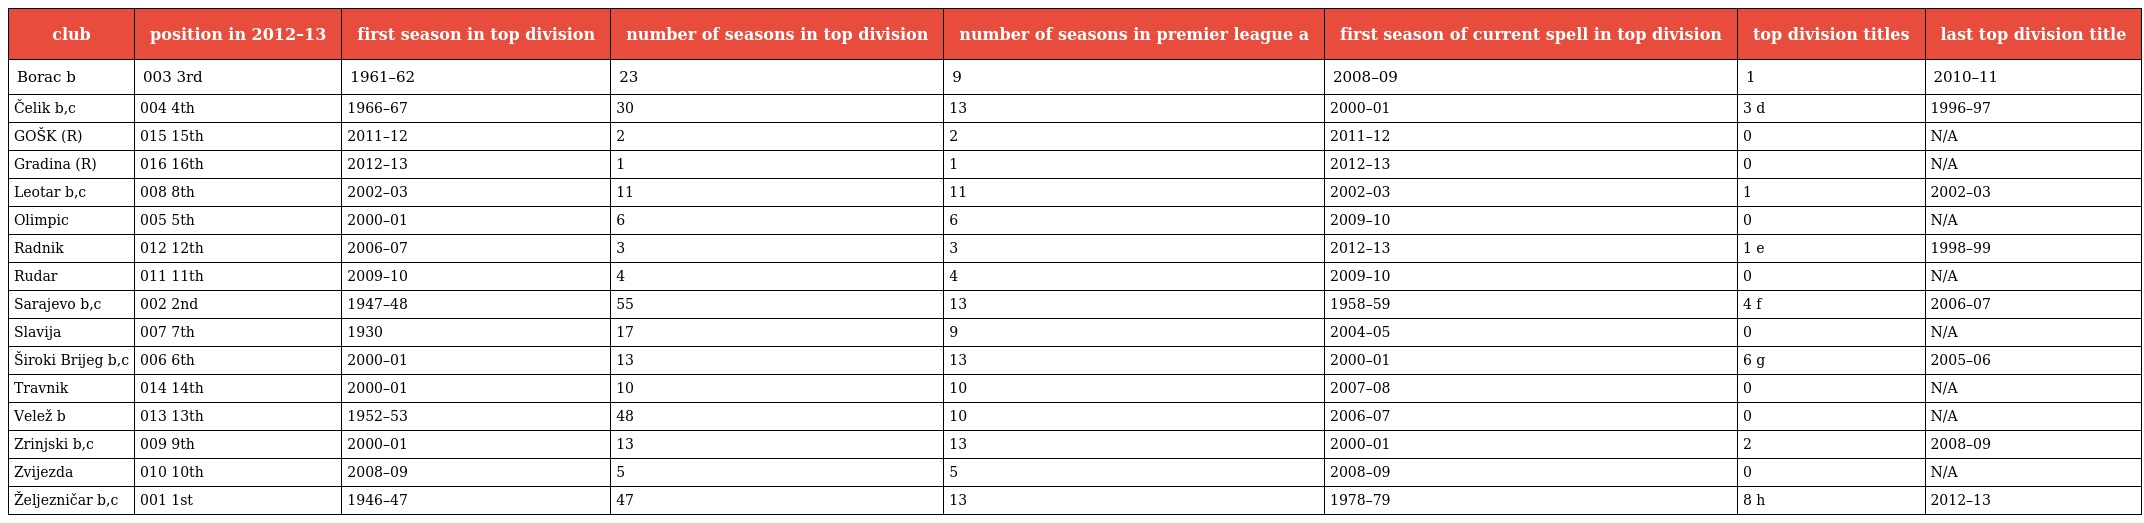
| club | position in 2012–13 | first season in top division | number of seasons in top division | number of seasons in premier league a | first season of current spell in top division | top division titles | last top division title |
 | --- | --- | --- | --- | --- | --- | --- | --- |
 | Borac b | 003 3rd | 1961–62 | 23 | 9 | 2008–09 | 1 | 2010–11 |
 | Čelik b,c | 004 4th | 1966–67 | 30 | 13 | 2000–01 | 3 d | 1996–97 |
 | GOŠK (R) | 015 15th | 2011–12 | 2 | 2 | 2011–12 | 0 | N/A |
 | Gradina (R) | 016 16th | 2012–13 | 1 | 1 | 2012–13 | 0 | N/A |
 | Leotar b,c | 008 8th | 2002–03 | 11 | 11 | 2002–03 | 1 | 2002–03 |
 | Olimpic | 005 5th | 2000–01 | 6 | 6 | 2009–10 | 0 | N/A |
 | Radnik | 012 12th | 2006–07 | 3 | 3 | 2012–13 | 1 e | 1998–99 |
 | Rudar | 011 11th | 2009–10 | 4 | 4 | 2009–10 | 0 | N/A |
 | Sarajevo b,c | 002 2nd | 1947–48 | 55 | 13 | 1958–59 | 4 f | 2006–07 |
 | Slavija | 007 7th | 1930 | 17 | 9 | 2004–05 | 0 | N/A |
 | Široki Brijeg b,c | 006 6th | 2000–01 | 13 | 13 | 2000–01 | 6 g | 2005–06 |
 | Travnik | 014 14th | 2000–01 | 10 | 10 | 2007–08 | 0 | N/A |
 | Velež b | 013 13th | 1952–53 | 48 | 10 | 2006–07 | 0 | N/A |
 | Zrinjski b,c | 009 9th | 2000–01 | 13 | 13 | 2000–01 | 2 | 2008–09 |
 | Zvijezda | 010 10th | 2008–09 | 5 | 5 | 2008–09 | 0 | N/A |
 | Željezničar b,c | 001 1st | 1946–47 | 47 | 13 | 1978–79 | 8 h | 2012–13 |